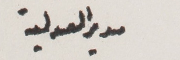
مدير العدلية